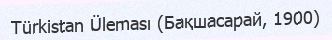
Türkistan Üleması (Бақшасарай, 1900)